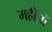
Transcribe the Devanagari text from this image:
महींनों